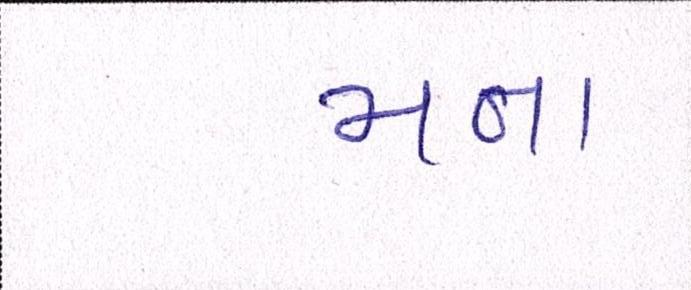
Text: મના